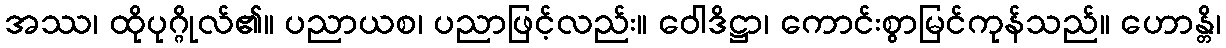
အဿ၊ ထိုပုဂ္ဂိုလ်၏။ ပညာယစ၊ ပညာဖြင့်လည်း။ ဝေါဒိဋ္ဌာ၊ ကောင်းစွာမြင်ကုန်သည်။ ဟောန္တိ၊